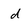
Character: d